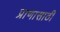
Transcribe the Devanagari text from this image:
प्राणासाठी